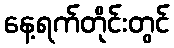
နေ့ရက်တိုင်းတွင်